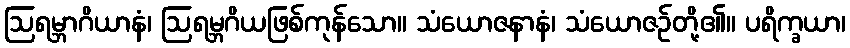
ဩရမ္ဘာဂိယာနံ၊ ဩရမ္ဘဂိယဖြစ်ကုန်သော။ သံယောဇနာနံ၊ သံယောဇဉ်တို့၏။ ပရိက္ခယာ၊